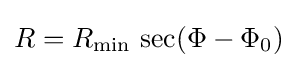
R=R_{\mathrm {min} }\,\sec(\Phi -\Phi _{0})